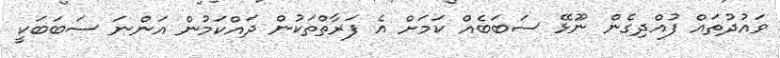
ވައުދުތައް ފުއްދިގެން ނޫޅޭ ސަބަބެއް ކަމަށް އެ ފަރާތްތަކުން ދައްކަމުން އަންނަ ސަބަބަކީ